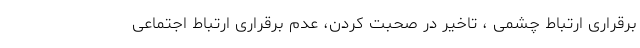
برقراری ارتباط چشمی ، تاخیر در صحبت کردن، عدم برقراری ارتباط اجتماعی